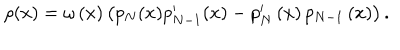
\rho ( x ) = \omega \left( x \right) \left( p _ { N } ( x ) p _ { N - 1 } ^ { \prime } ( x ) - p _ { N } ^ { \prime } \left( x \right) p _ { N - 1 } \left( x \right) \right) .